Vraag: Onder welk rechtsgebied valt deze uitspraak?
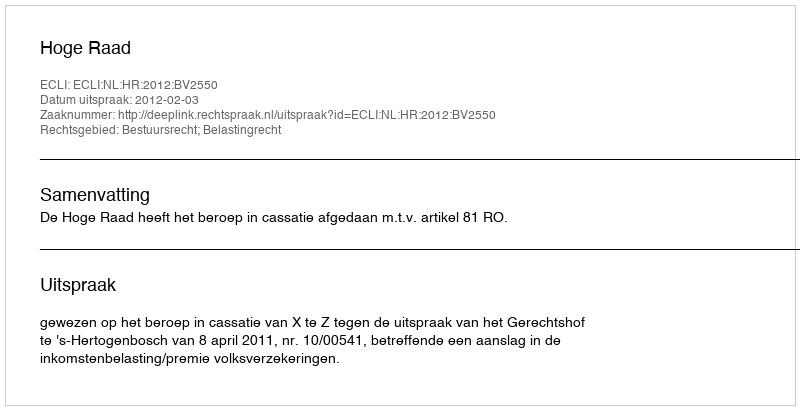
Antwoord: Bestuursrecht; Belastingrecht